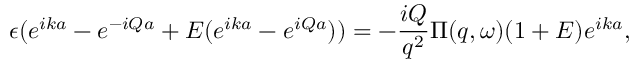
\epsilon ( e ^ { i k a } - e ^ { - i Q a } + E ( e ^ { i k a } - e ^ { i Q a } ) ) = - \frac { i Q } { q ^ { 2 } } \Pi ( q , \omega ) ( 1 + E ) e ^ { i k a } ,